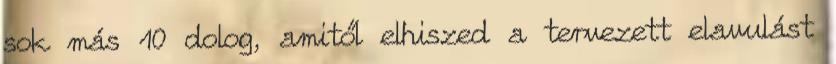
sok más 10 dolog, amitől elhiszed a tervezett elavulást